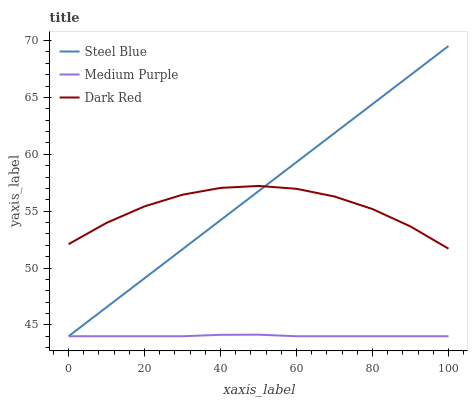
| xaxis_label | Steel Blue | Medium Purple | Dark Red |
 | --- | --- | --- | --- |
 | 0 | 44 | 44 | 52.1 |
 | 10 | 46.6 | 44 | 54 |
 | 20 | 49.1 | 44 | 55.4 |
 | 30 | 51.7 | 44 | 56.4 |
 | 40 | 54.2 | 44.1 | 57 |
 | 50 | 56.8 | 44.1 | 57.2 |
 | 60 | 59.3 | 44 | 57 |
 | 70 | 61.9 | 44 | 56.3 |
 | 80 | 64.4 | 44 | 55.2 |
 | 90 | 67 | 44 | 53.7 |
 | 100 | 69.5 | 44 | 51.7 |